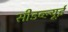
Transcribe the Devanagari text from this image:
सीडब्ल्यूई